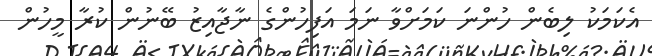
އެކަމަކު ލިބެން ހުންނަ ކަމަށްވާ ނަމަ އަފިހުންގެ ނާޖާއިޒު ބޭނުން ކުރާ މީހުން